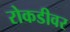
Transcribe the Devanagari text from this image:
रोकडीवर